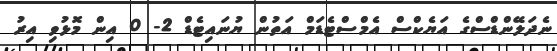
ނެދަލޭންޑްސްގެ އަޔެކްސް އެމްސްޓެޑަމް އަތުން ޔުނައިޓެޑް 2- 0 އިން މޮޅުވި އިރު